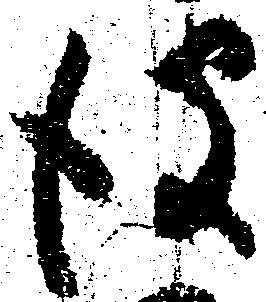
彼